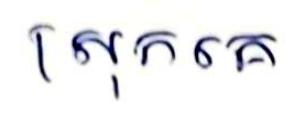
ស្រុកគេ